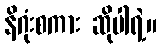
နိဂုံးစကား ဆိုပါရဲ့။